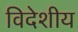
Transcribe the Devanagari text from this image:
विदेशीय